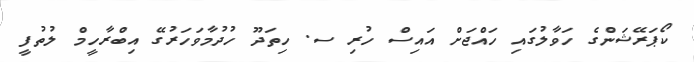
ކޯޕަރޭޝަންގެ ހަވާލުގައި ހައްޖަށް އައިސް ހުރި ސ. ހިތަދޫ ހުދުމާވަހަރުގޭ އިބްރާހީމް ލުތުފީ